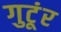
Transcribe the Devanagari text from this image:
गुटूंर